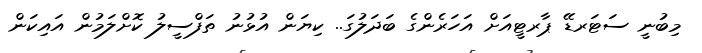
މިބުނީ ސަޓަރޑޭ ޕާރޓީއަށް އަހަރެންގެ ބަދަލުގަ.. ކިޔަން އުޅުނު ތަފްސީލު ކޮށްލަމުން އައިކަން